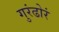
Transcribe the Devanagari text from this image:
गुरंढोरं